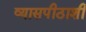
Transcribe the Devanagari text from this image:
व्यासपीठाशी